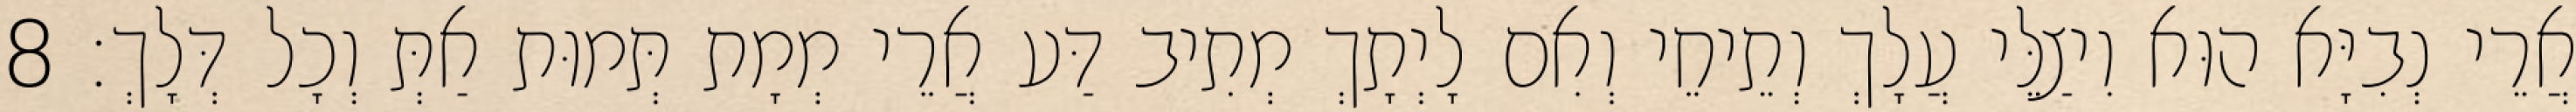
אֲרֵי נְבִיָּא הוּא וִיצַלֵּי עֲלָךְ וְתֵיחֵי וְאִם לָיְתָךְ מְתִיב דַּע אֲרֵי מְמָת תְּמוּת אַתְּ וְכָל דְּלָךְ׃ 8